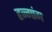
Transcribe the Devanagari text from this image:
हन्गांग